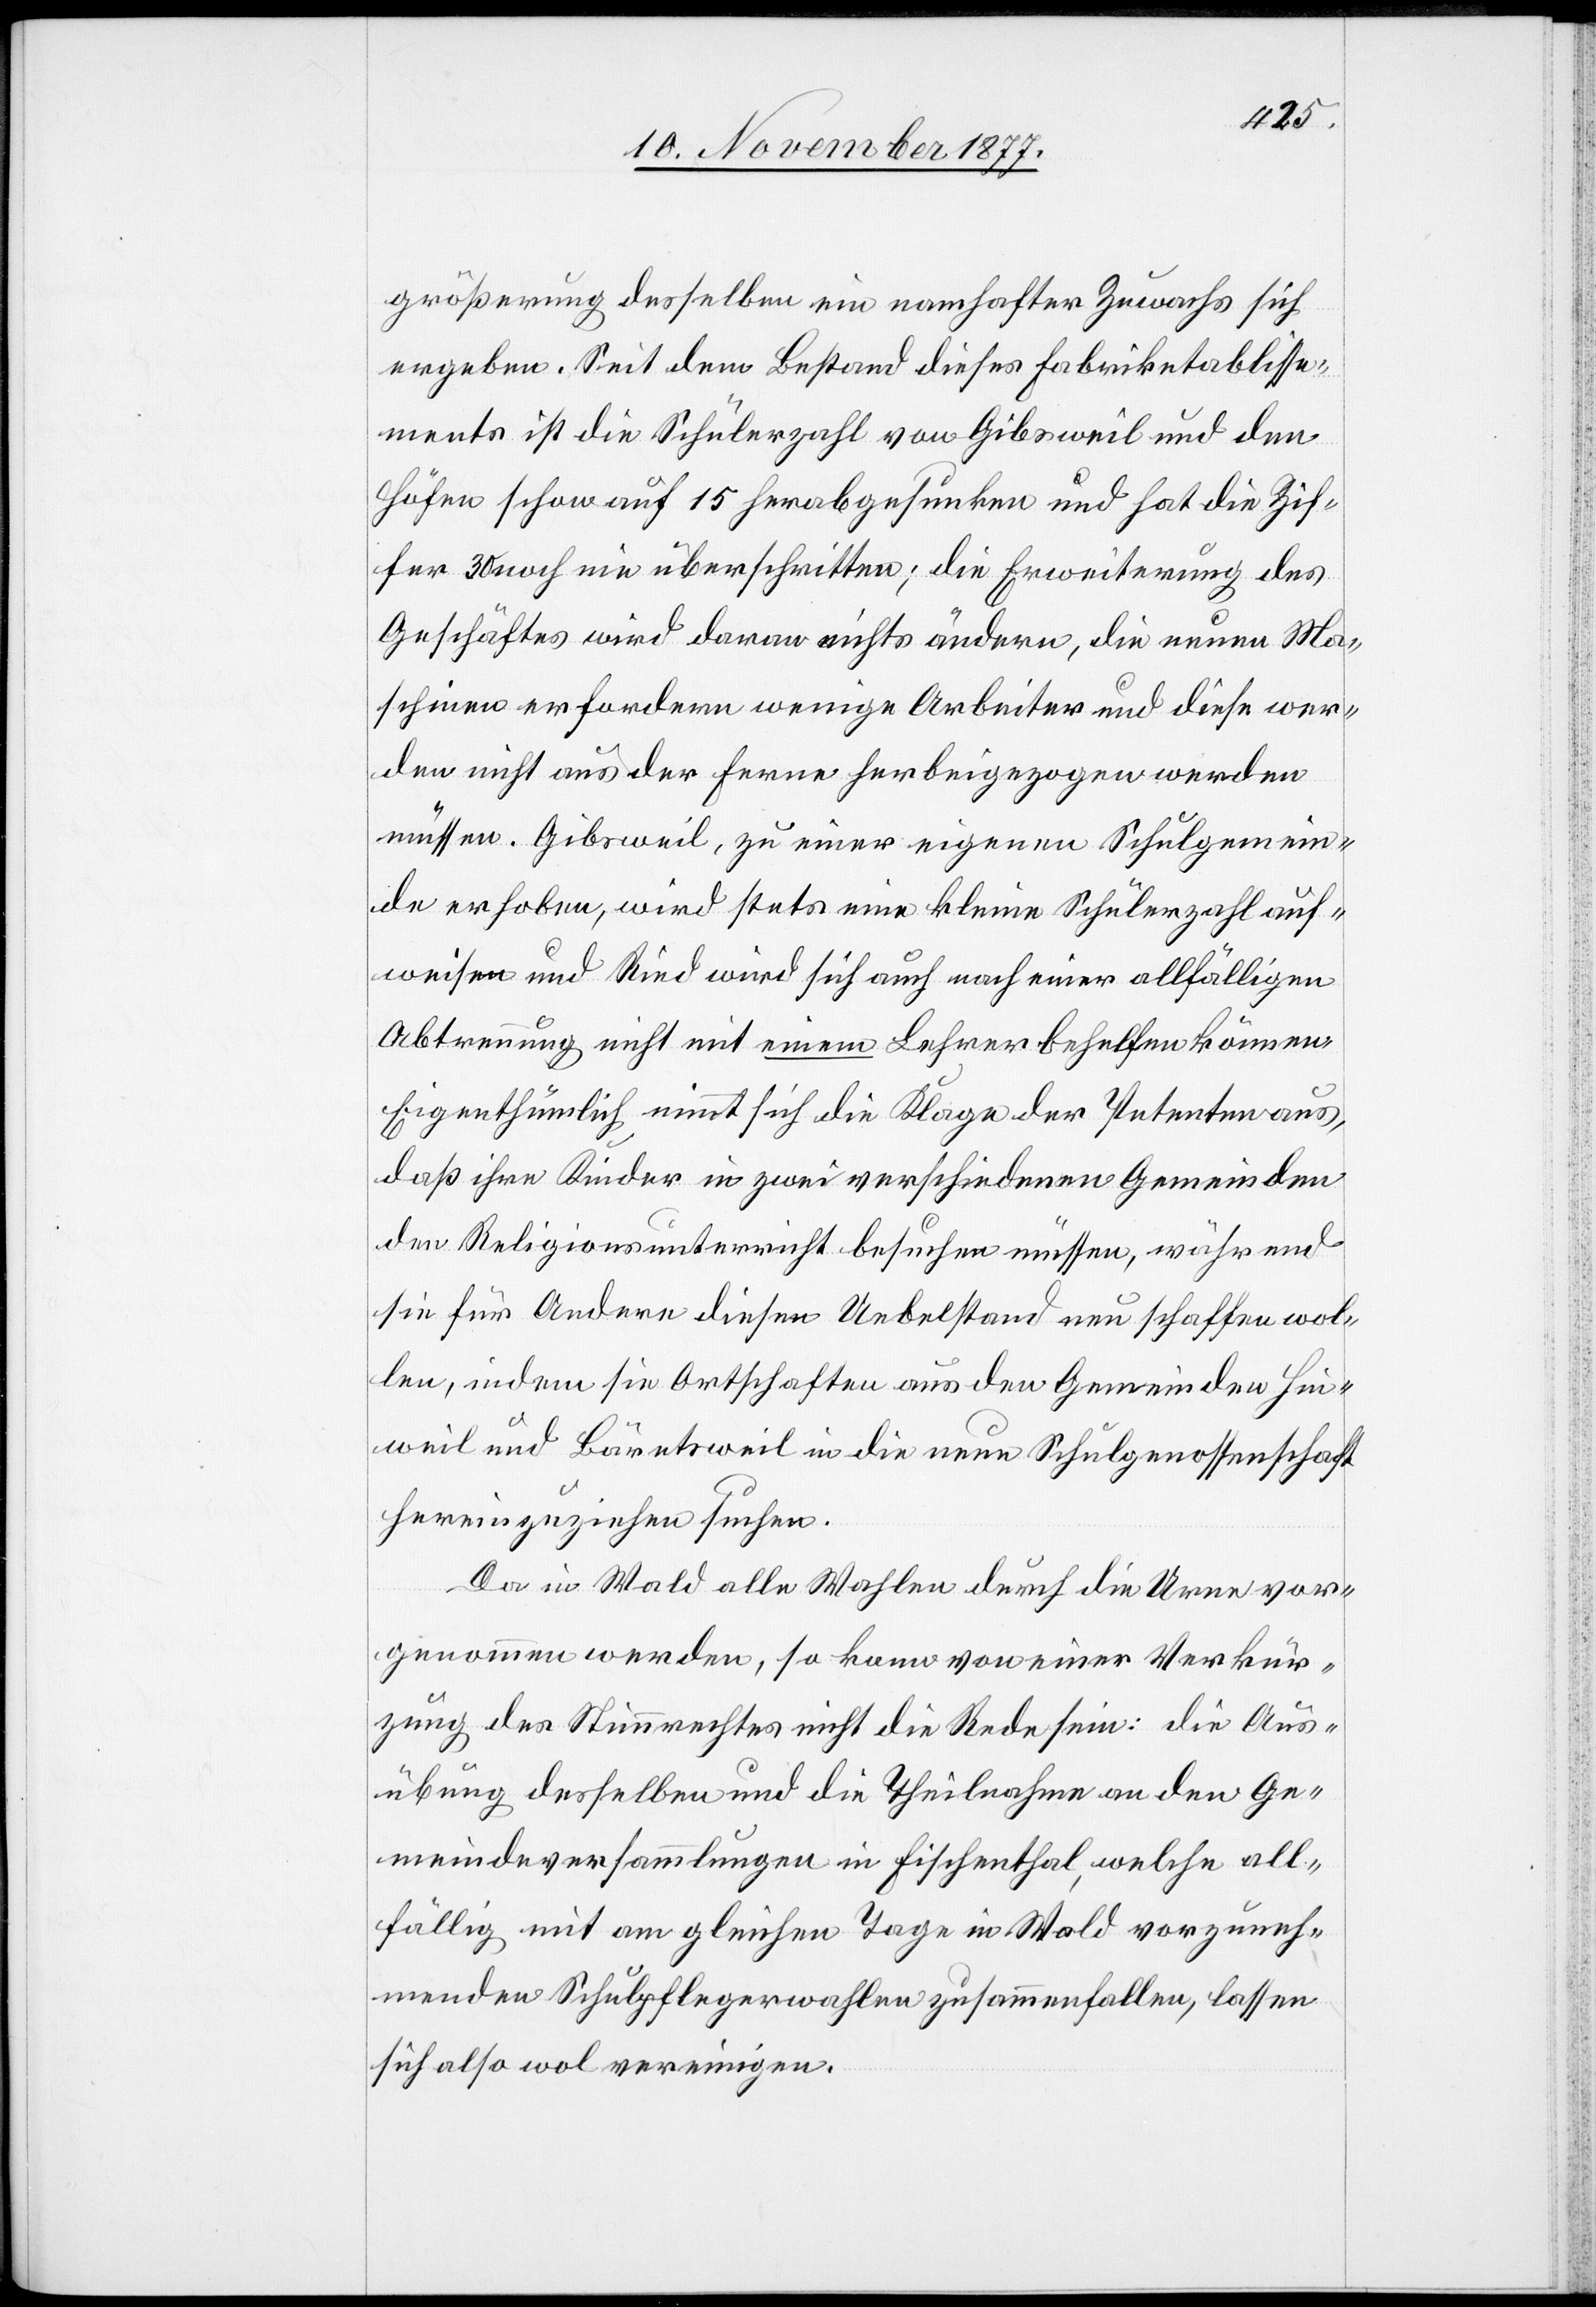
größerung desselben ein namhafter Zuwachs sich
ergeben. Seit dem Bestand dieses Fabriketablisse¬
ments ist die Schülerzahl von Gibsweil und den
Höfen schon auf 15 herabgesunken und hat die Zif¬
fer 30 noch nie überschritten; die Erweiterung des
Geschäftes wird daran nichts ändern, die neuen Ma¬
schinen erfordern wenige Arbeiter und diese wer¬
den nicht aus der Ferne herbeigezogen werden
müssen. Gibsweil, zu einer eigenen Schulgemein¬
de erhoben, wird stets eine kleine Schülerzahl auf¬
weisen und Ried wird sich auch nach einer allfälligen
Abtrennung nicht mit einem Lehrer behelfen können.
Eigenthümlich nimmt sich die Klage der Petenten aus,
daß ihre Kinder in zwei verschiedenen Gemeinden
den Religionsunterricht besuchen müssen, während
sie für Andere diesen Uebelstand neu schaffen wol¬
len, indem sie Ortschaften aus den Gemeinden Hin¬
weil und Bäretsweil in die neue Schulgenossenschaft
hereinzuziehen suchen.
Da in Wald alle Wahlen durch die Urne vor¬
genommen werden, so kann von einer Verkür¬
zung des Stimmrechtes nicht die Rede sein: die Aus¬
übung desselben und die Theilnahme an den Ge¬
meindeversammlungen in Fischenthal, welche all¬
fällig mit am gleichen Tage in Wald vorzuneh¬
menden Schulpflegerwahlen zusammenfallen, lassen
sich also wol vereinigen.